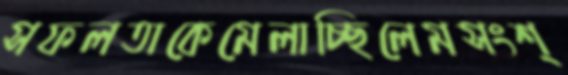
সফলতাকেমেলাচ্ছিলেমসংশ্